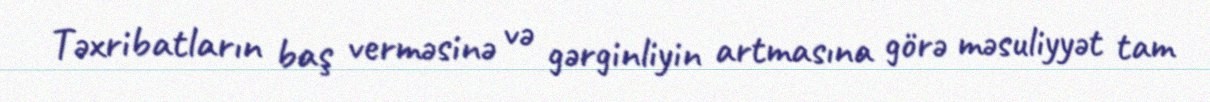
Təxribatların baş verməsinə və gərginliyin artmasına görə məsuliyyət tam